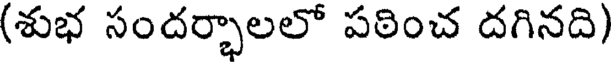
(శుభ సందర్భాలలో పఠించ దగినది)